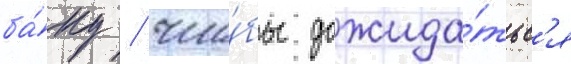
ба́ку / что́бы дожида́тьс'я